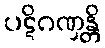
ပဋိဂဏှန္တိ